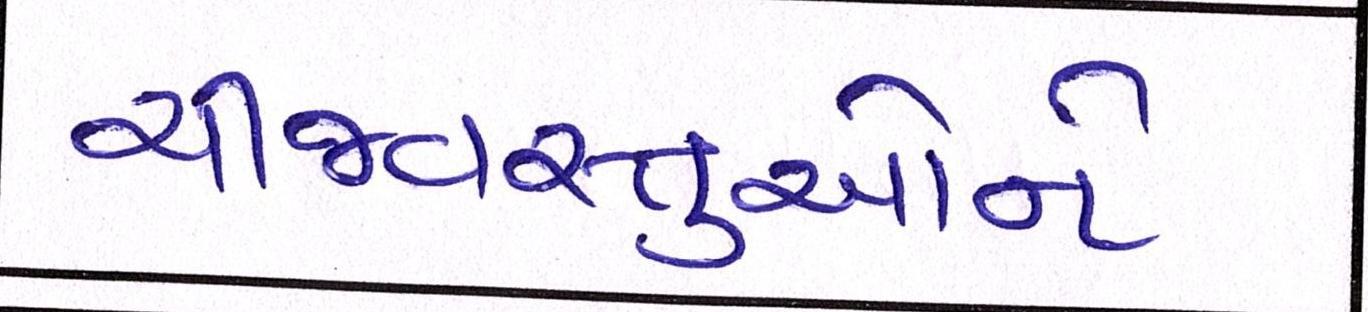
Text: ચીજવસ્તુઓને